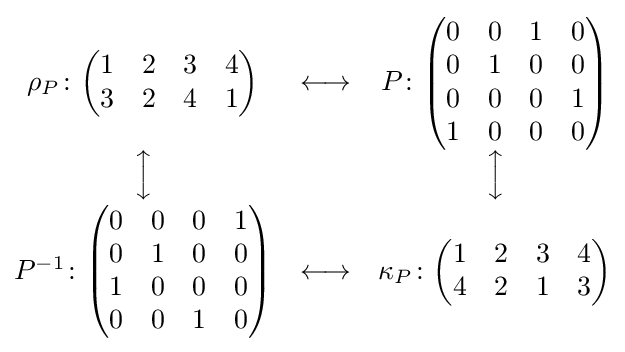
{\begin{matrix}\rho _{P}\colon {\begin{pmatrix}1&2&3&4\\3&2&4&1\end{pmatrix}}&\longleftrightarrow &P\colon {\begin{pmatrix}0&0&1&0\\0&1&0&0\\0&0&0&1\\1&0&0&0\end{pmatrix}}\\[5pt]{\Big \updownarrow }&&{\Big \updownarrow }\\[5pt]P^{-1}\colon {\begin{pmatrix}0&0&0&1\\0&1&0&0\\1&0&0&0\\0&0&1&0\end{pmatrix}}&\longleftrightarrow &\kappa _{P}\colon {\begin{pmatrix}1&2&3&4\\4&2&1&3\end{pmatrix}}\end{matrix}}